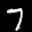
Label: 7